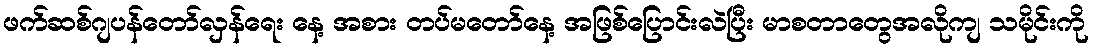
ဖက်ဆစ်ဂျပန်တော်လှန်ရေး နေ့ အစား တပ်မတော်နေ့ အဖြစ်ပြောင်းလဲပြီး မာစတာတွေအလိုကျ သမိုင်းကို